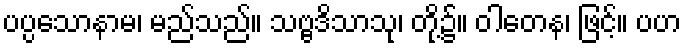
ပပ္ပသောနာမ၊ မည်သည်။ သဗ္ဗဒိသာသု၊ တို့၌။ ဝါတေန၊ ဖြင့်။ ပဟ